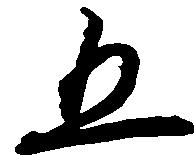
五